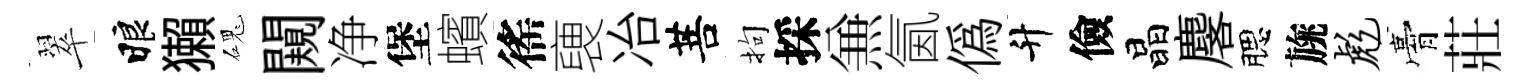
翠睱獺磈闚净堡蠙徭褏冶菩拘採𠔥氤偽升儉晶麐腮旐彪膏莊